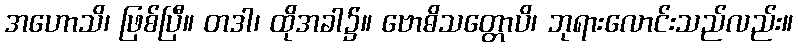
အဟောသိ၊ ဖြစ်ပြီ။ တဒါ၊ ထိုအခါ၌။ ဗောဓိသတ္တောပိ၊ ဘုရားလောင်းသည်လည်း။